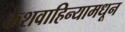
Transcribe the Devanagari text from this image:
केशवाहिन्यामधून